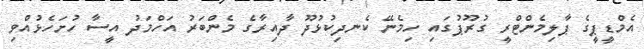
އެމްޑީޕީގެ ޕާލިމެންޓްރީ ގުރޫޕުގައި ހިމެނޭ ކެނދިކުޅުދޫ ދާއިރާގެ މެންބަރު އަހްމަދު އީސާ ހުށަހެޅުއްވި